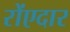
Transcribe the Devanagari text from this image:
रोंएदार